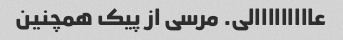
عااااااااالی. مرسی از پیک همچنین